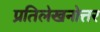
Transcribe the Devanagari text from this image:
प्रतिलेखनोत्तर